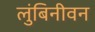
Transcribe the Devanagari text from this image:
लुंबिनीवन